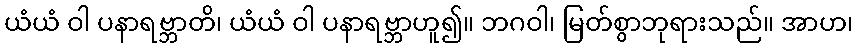
ယံယံ ဝါ ပနာရဗ္ဘာတိ၊ ယံယံ ဝါ ပနာရဗ္ဘာဟူ၍။ ဘဂဝါ၊ မြတ်စွာဘုရားသည်။ အာဟ၊